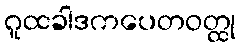
ဂူထခါဒကပေတဝတ္ထု